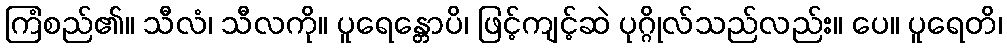
ကြံစည်၏။ သီလံ၊ သီလကို။ ပူရေန္တောပိ၊ ဖြင့်ကျင့်ဆဲ ပုဂ္ဂိုလ်သည်လည်း။ ပေ။ ပူရေတိ၊